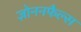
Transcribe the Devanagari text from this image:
ज़ोननफैल्स